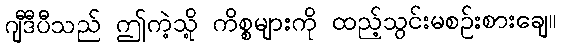
ဂျီဒီပီသည် ဤကဲ့သို့ ကိစ္စများကို ထည့်သွင်းမစဉ်းစားချေ။